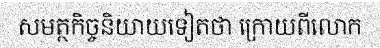
សមត្ថកិច្ចនិយាយទៀតថា ក្រោយពីលោក